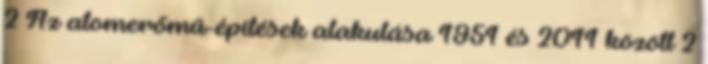
2 Az atomerőmű-építések alakulása 1951 és 2011 között 2